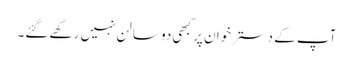
آپ کے دسترخوان پر کبھی دو سالن نہیں رکھے گئے۔